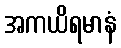
အကယိရမာနံ